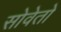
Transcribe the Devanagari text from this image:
सोवेतो